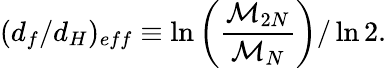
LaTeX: (d_{f}/d_{H})_{eff}\equiv\ln\left({\frac{{\cal{M}}_{2N}}{{\cal{M}}_{N}}}\right)/\ln 2.